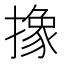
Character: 𪮱